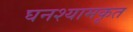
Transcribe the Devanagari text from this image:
घनश्यामकृत